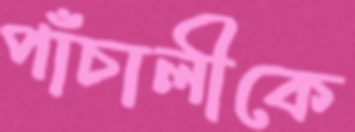
পাঁচালীকে